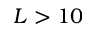
L > 1 0